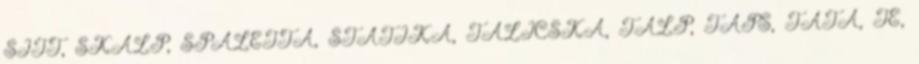
SITT, SKALP, SPALETTA, STATIKA, TALICSKA, TALP, TAPS, TATA, TE,